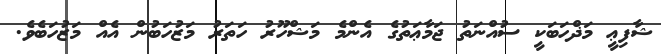
ޝާފިޢީ މަޛްހަބަކީ ސުއްނަތު ޖަމާޢަތުގެ އެންމެ މަޝްހޫރު ހަތަރު މަޒުހަބުން އެއް މަޒުހަބެވެ.